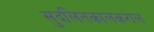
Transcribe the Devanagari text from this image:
सुदलितकालकराल